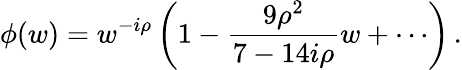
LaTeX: \phi(w)=w^{-i\rho}\left(1-{\frac{9\rho^{2}}{7-14i\rho}}w+\cdots\right)\, .